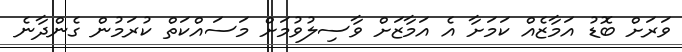
ވަރަށް ބޮޑު އަމާޒެއް ކަމަށާ އެ އަމާޒަށް ވާސިލުވުމަށް މަސައްކަތް ކުރަމުން ގެންދާނެ